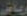
رياض